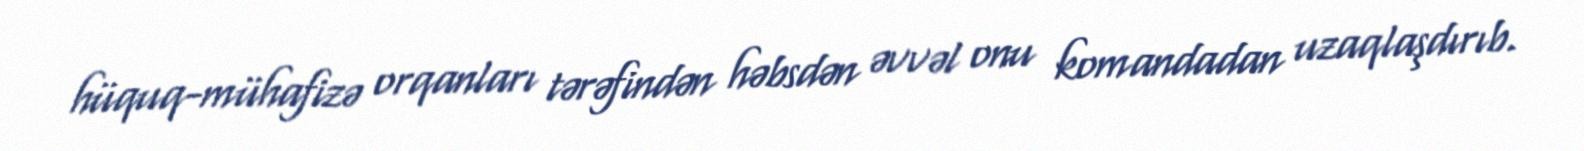
hüquq-mühafizə orqanları tərəfindən həbsdən əvvəl onu komandadan uzaqlaşdırıb.